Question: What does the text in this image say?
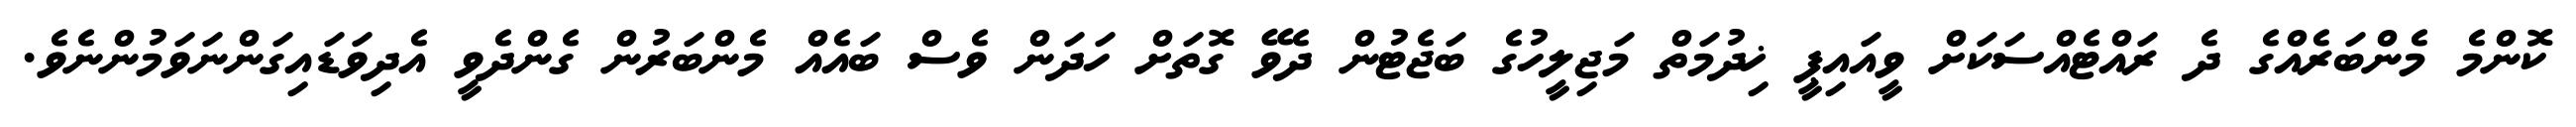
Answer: ކޮންމެ މެންބަރެއްގެ ދެ ރައްޓެއްސަކަށް ވީއައިޕީ ޚިދުމަތް މަޖިލީހުގެ ބަޖެޓުން ދެވޭ ގޮތަށް ހަދަން ވެސް ބައެއް މެންބަރުން ގެންދެވީ އެދިވަޑައިގަންނަވަމުންނެވެ.